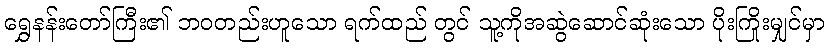
ရွှေနန်းတော်ကြီး၏ ဘဝတည်းဟူသော ရက်ထည် တွင် သူ့ကိုအဆွဲဆောင်ဆုံးသော ပိုးကြိုးမျှင်မှာ